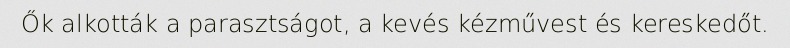
Ők alkották a parasztságot, a kevés kézművest és kereskedőt.